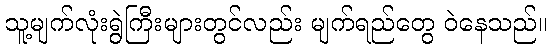
သူ့မျက်လုံးရွဲကြီးများတွင်လည်း မျက်ရည်တွေ ဝဲနေသည်။